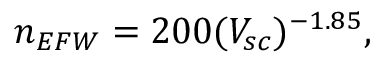
n _ { E F W } = 2 0 0 ( V _ { s c } ) ^ { - 1 . 8 5 } ,